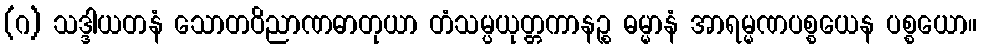
(ဂ) သဒ္ဒါယတနံ သောတဝိညာဏဓာတုယာ တံသမ္ပယုတ္တကာနဉ္စ ဓမ္မာနံ အာရမ္မဏပစ္စယေန ပစ္စယော။